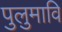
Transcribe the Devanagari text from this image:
पुलुमावि